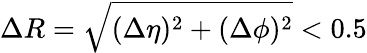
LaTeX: \Delta R=\sqrt{(\Delta\eta)^{2}+(\Delta\phi)^{2}}<0.5